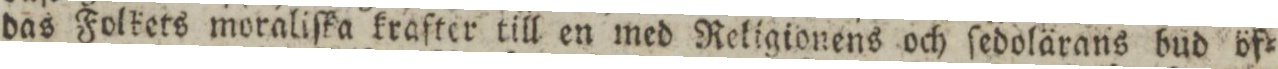
das Folkets moraliſka krafter till en med Religionens och ſedolärans bud öf=